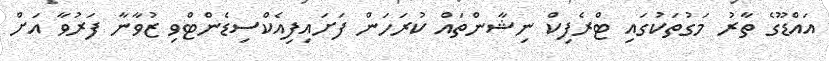
އައްޑޫގެ ތާރު މަގުތަކުގައި ޓްރެފިކް ނިޝާންތައް ކުރަހަން ފަށައިފިއެކްސިޑެންޓްވި ޒުވާނާ ފަރުވާ އަށް